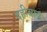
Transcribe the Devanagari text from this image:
दहीबाव